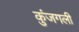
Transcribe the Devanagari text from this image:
कुंजगली